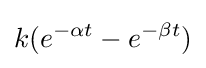
k(e^{-\alpha t}-e^{-\beta t})